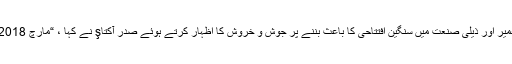
برسا میں گھریلو اور قومی الیکٹرک کاروں کی تیاری کے لئے ایک فیکٹری کی تعمیر اور ذیلی صنعت میں سنگین افتتاحی کا باعث بننے پر جوش و خروش کا اظہار کرتے ہوئے صدر آکتاş نے کہا ، “مارچ 2018 میں ، میں نے اپنے صدر کے ساتھ ایک کمپلیکس میں ایک گھنٹہ کی ملاقات کی۔